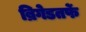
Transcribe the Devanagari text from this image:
ब्रिगेडतर्फे